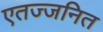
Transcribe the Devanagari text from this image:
एतज्जनित